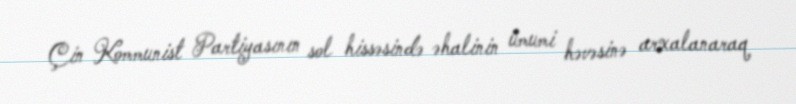
Çin Kommunist Partiyasının sol hissəsində əhalinin ümumi həvəsinə arxalanaraq